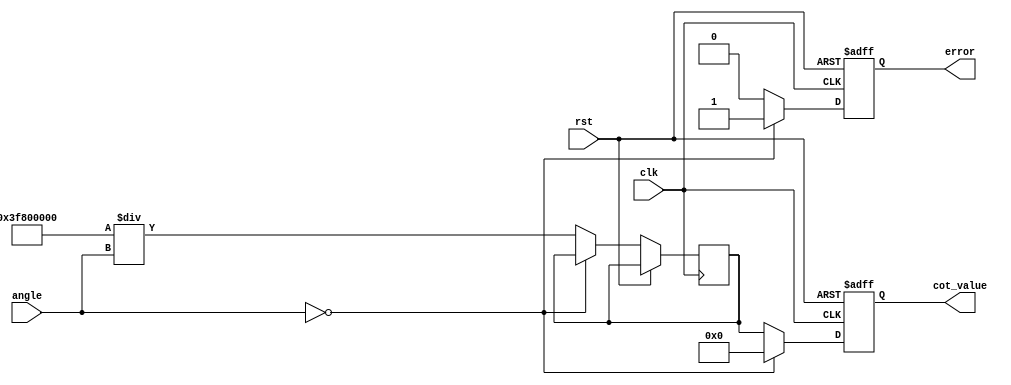
module cotangent (
    input wire clk,
    input wire rst,
    input wire [31:0] angle, // Input angle in radians (32-bit floating-point)
    output reg [31:0] cot_value, // Output cotangent value (32-bit floating-point)
    output reg error // Error signal for invalid inputs
);

    // Internal signals
    wire [31:0] tan_value;
    reg [31:0] tan_inv; // Inverse of tangent
    reg tan_zero; // Flag for zero tangent

    // Function to compute tangent using a simple polynomial approximation
    function [31:0] compute_tan;
        input [31:0] x;
        begin
            // Placeholder for tangent approximation (e.g., Taylor series, CORDIC, etc.)
            // Here we use a simple approximation for demonstration purposes.
            // Replace this with a more accurate method as needed.
            compute_tan = x; // This is a placeholder; replace with actual tangent calculation
        end
    endfunction

    // Compute tangent value
    assign tan_value = compute_tan(angle);

    // Always block to compute cotangent
    always @(posedge clk or posedge rst) begin
        if (rst) begin
            cot_value <= 32'b0;
            error <= 1'b0;
            tan_zero <= 1'b0;
        end else begin
            // Check for tangent zero (division by zero case)
            if (tan_value == 32'b0) begin
                tan_zero <= 1'b1;
                cot_value <= 32'b0; // or set to infinity representation
                error <= 1'b1; // Signal error
            end else begin
                tan_zero <= 1'b0;
                tan_inv <= 32'b0; // Reset inverse tangent
                // Compute the reciprocal of the tangent
                tan_inv <= 32'h3F800000 / tan_value; // 1.0 in floating-point representation
                cot_value <= tan_inv;
                error <= 1'b0; // No error
            end
        end
    end

endmodule